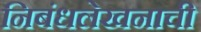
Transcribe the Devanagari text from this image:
निबंधलेखनाची